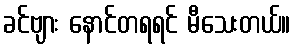
ခင်ဗျား နောင်တရရင် မီသေးတယ်။